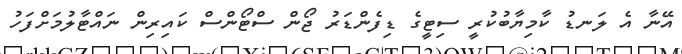
އޭނާ އެ ލަނޑު ކާމިޔާބުކުރީ ސިޓީގެ ޑިފެންޑަރު ޖޯން ސްޓޯންސް ކައިރިން ނައްޓާލުމަށްފަހު